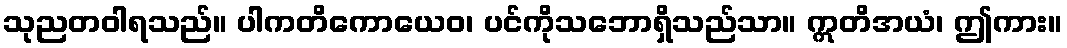
သုညတဝါရသည်။ ပါကတိကောယေဝ၊ ပင်ကိုသဘောရှိသည်သာ။ ဣတိအယံ၊ ဤကား။